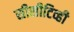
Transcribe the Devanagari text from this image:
सीसीटिव्ही